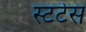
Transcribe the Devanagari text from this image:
स्टटेस